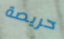
حريصة